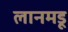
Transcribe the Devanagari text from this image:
लानमडू